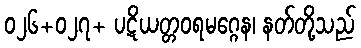
၀၂၆+၀၂၇+ ပဋိယတ္တဝရမဂ္ဂေန၊ နတ်တို့သည်